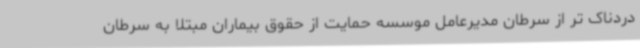
دردناک تر از سرطان مدیرعامل موسسه حمایت از حقوق بیماران مبتلا به سرطان